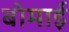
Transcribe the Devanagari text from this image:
बोमाई